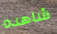
شاهده